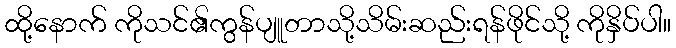
ထို့နောက် ကိုသင်၏ကွန်ပျူတာသို့သိမ်းဆည်းရန်ဖိုင်သို့ ကိုနှိပ်ပါ။